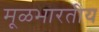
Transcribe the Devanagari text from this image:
मूळभारतीय